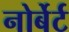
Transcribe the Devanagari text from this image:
नोर्बेर्ट